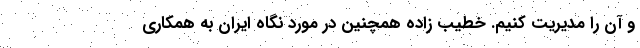
و آن را مدیریت کنیم. خطیب زاده همچنین در مورد نگاه ایران به همکاری